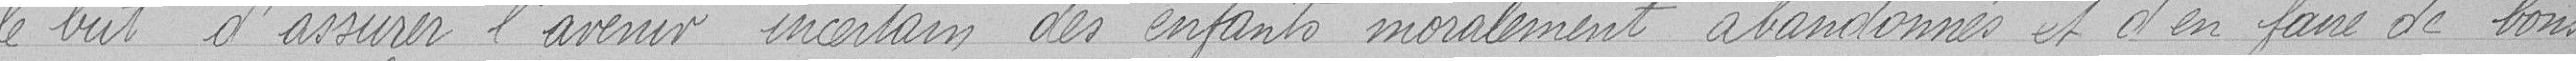
le but d'assurer l'avenir incertain des enfants moralement abandonnés et d'en faire de bons